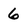
Character: 6